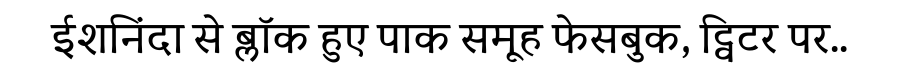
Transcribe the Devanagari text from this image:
ईशनिंदा से ब्लॉक हुए पाक समूह फेसबुक, ट्विटर पर..